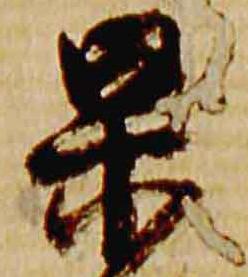
杲